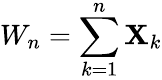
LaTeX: W_{n}=\sum_{k=1}^{n}\mathbf{X}_{k}